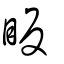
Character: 眅